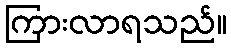
ကြားလာရသည်။